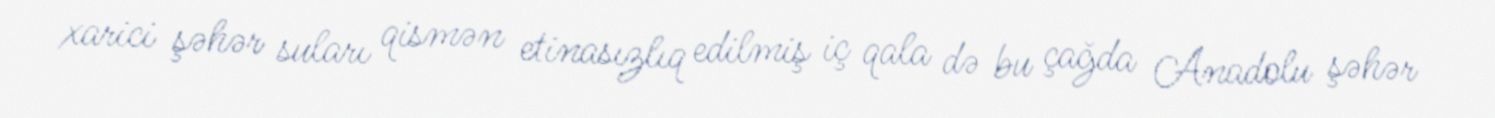
xarici şəhər suları qismən etinasızlıq edilmiş iç qala də bu çağda Anadolu şəhər